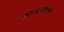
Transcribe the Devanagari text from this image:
संस्थानप्रभुने